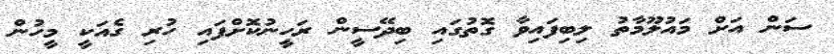
ސަން އަށް މައުލޫމާތު ލިބިފައިވާ ގޮތުގައި ބިދޭސީން ރަހީނުކޮށްފައި ހުރި ގެއަކީ މީހުން